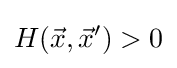
H({\vec {x}},{\vec {x}}')>0\,\!